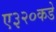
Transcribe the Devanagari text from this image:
ए३२०कडे